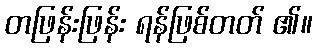
တဖြန်းဖြန်း ရန်ဖြစ်တတ် ၏။